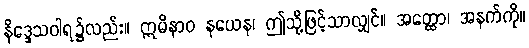
နိဒ္ဒေသဝါရ၌လည်း။ ဣမိနာဝ နယေန၊ ဤသို့ဖြင့်သာလျှင်။ အတ္ထော၊ အနက်ကို။